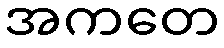
အကတေ